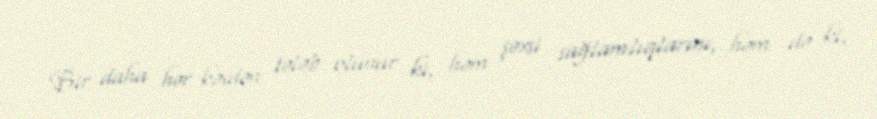
Bir daha hər kəsdən tələb olunur ki, həm şəxsi sağlamlıqlarını, həm də ki,